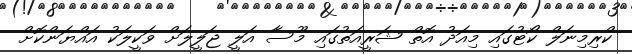
ކްރިމިނަލް ކޯޓުގައި މިއަދު އޮތް ޝަރީއަތުގައި މޫސާ އަލީ ޖަލީލަށް ވަކީލަކު އައްޔަންކޮށް